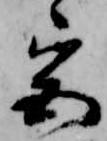
宮